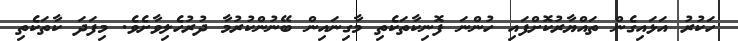
ހަކުރު އަޅައިގެން ތައްޔާރުކޮށްފައި ހުންނަ ފޮނިކާތަކެތި މާގިނައިން ބޭނުންކުރުމާ ދުރުހެލިވާށެވެ. މިފަދަ ކާތަކެތި